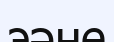
эәне